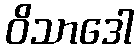
ဝိသာဒေါ